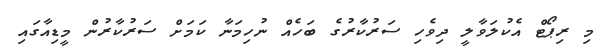
މި ރިޕޯޓް އެކުލަވާލީ ދިވެހި ސަރުކާރުގެ ބަހެއް ނުހިމަނާ ކަަމަށް ސަރުކާރުން މީޑިއާގައި